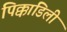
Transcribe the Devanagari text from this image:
पिक्काडिली